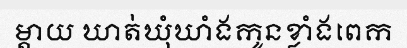
ម្តាយ ឃាត់ឃុំឃាំងកូនខ្លាំងពេក